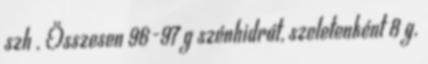
szh . Összesen 96-97 g szénhidrát, szeletenként 8 g.